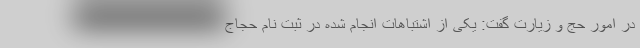
در امور حج و زیارت گفت: یکی از اشتباهات انجام شده در ثبت نام حجاج